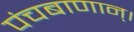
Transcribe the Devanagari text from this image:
पंचबाणान्‌।